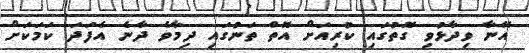
އޭނާ ވިދާޅުވި ގޮތުގައި ކުރިއަށް އޮތް ތަނުގައި ދިމާވެ ދާނެ އެފަދަ ކަމަކަށް